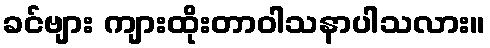
ခင်ဗျား ကျားထိုးတာဝါသနာပါသလား။